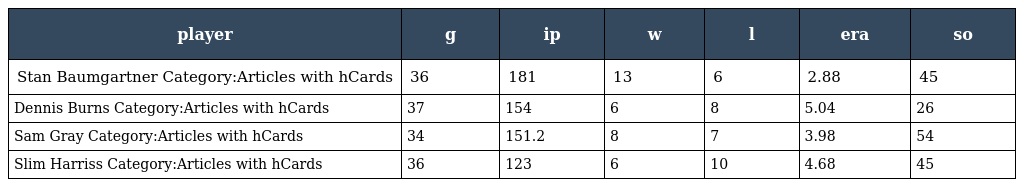
| player | g | ip | w | l | era | so |
 | --- | --- | --- | --- | --- | --- | --- |
 | Stan Baumgartner Category:Articles with hCards | 36 | 181 | 13 | 6 | 2.88 | 45 |
 | Dennis Burns Category:Articles with hCards | 37 | 154 | 6 | 8 | 5.04 | 26 |
 | Sam Gray Category:Articles with hCards | 34 | 151.2 | 8 | 7 | 3.98 | 54 |
 | Slim Harriss Category:Articles with hCards | 36 | 123 | 6 | 10 | 4.68 | 45 |